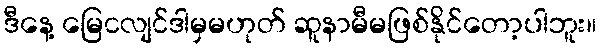
ဒီနေ့ မြေငလျင်ဒါမှမဟုတ် ဆူနာမီမဖြစ်နိုင်တော့ပါဘူး။